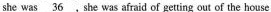
she was \underline{36} ,she was afraid of getting out of the house